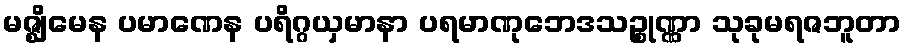
မဇ္ဈိမေန ပမာဏေန ပရိဂ္ဂယှမာနာ ပရမာဏုဘေဒသဉ္စုဏ္ဏာ သုခုမရဇဘူတာ